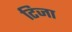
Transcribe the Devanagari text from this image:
टिजा